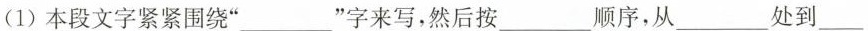
(1)本段文字紧紧围绕”___”字来写，然后按___顺序，从___处到___